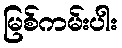
မြစ်ကမ်းပါး